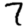
Digit: 7